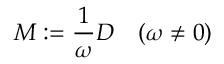
M : = { \frac { 1 } { \omega } } D \quad ( \omega \neq 0 )